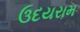
ઉદયરામ